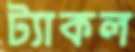
ট্যাকল